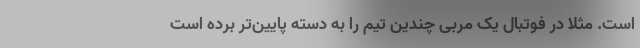
است. مثلا در فوتبال یک مربی چندین تیم را به دسته پایین‌تر برده است